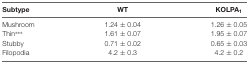
<table><thead><tr><td><b>Subtype</b></td><td><b>WT</b></td><td><b>KOLPA<sub>1</sub></b></td></tr></thead><tbody><tr><td>Mushroom</td><td>1.24 ± 0.04</td><td>1.26 ± 0.05</td></tr><tr><td>Thin***</td><td>1.61 ± 0.07</td><td>1.95 ± 0.07</td></tr><tr><td>Stubby</td><td>0.71 ± 0.02</td><td>0.65 ± 0.03</td></tr><tr><td>Filopodia</td><td>4.2 ± 0.3</td><td>4.2 ± 0.2</td></tr></tbody></table>